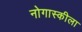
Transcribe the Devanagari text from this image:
नोगास्कीला